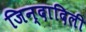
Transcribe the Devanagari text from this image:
जिन्दादिली